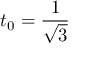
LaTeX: t _ { 0 } = { \frac { 1 } { \sqrt { 3 } } }